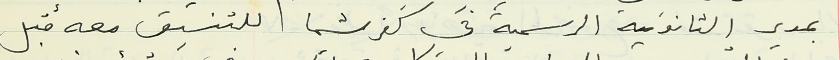
بمدير الثانوية الرسمية في كفرشيما للتنسيق معه قبل